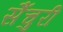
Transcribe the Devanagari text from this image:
सैंचुरी